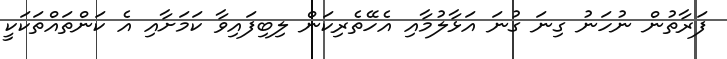
ފަރާތުން ނުހަނު ގިނަ ގުނަ އަޅާލުމާއި އެހޭތެރިކަން ލިބިފައިވާ ކަމަށާއި އެ ކަންތައްތަކަކީ